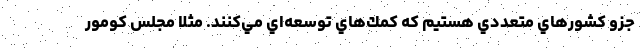
جزو كشورهاي متعددي هستيم كه كمك‌هاي توسعه‌اي مي‌كنند. مثلا مجلس كومور